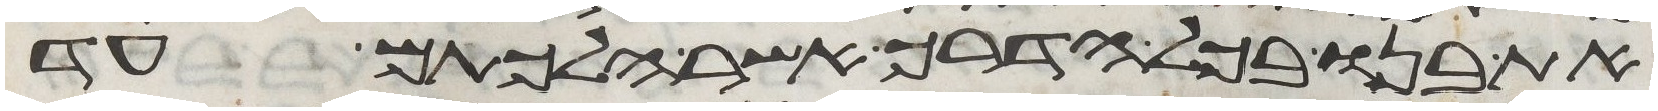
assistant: את בנו בכל הדרך אשר הלכתם עד